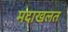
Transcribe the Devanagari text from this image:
मदाखलत